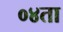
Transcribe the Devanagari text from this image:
०४ता